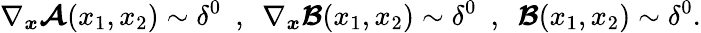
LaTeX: \nabla_{\boldsymbol{x}}\boldsymbol{\mathcal{A}}(x_{1},x_{2})\sim\delta^{0}\ \ ,\ \ \nabla_{\boldsymbol{x}}\boldsymbol{\mathcal{B}}(x_{1},x_{2})\sim\delta^{0}\ \ ,\ \ \boldsymbol{\mathcal{B}}(x_{1},x_{2})\sim\delta^{0}.